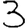
Digit: 3